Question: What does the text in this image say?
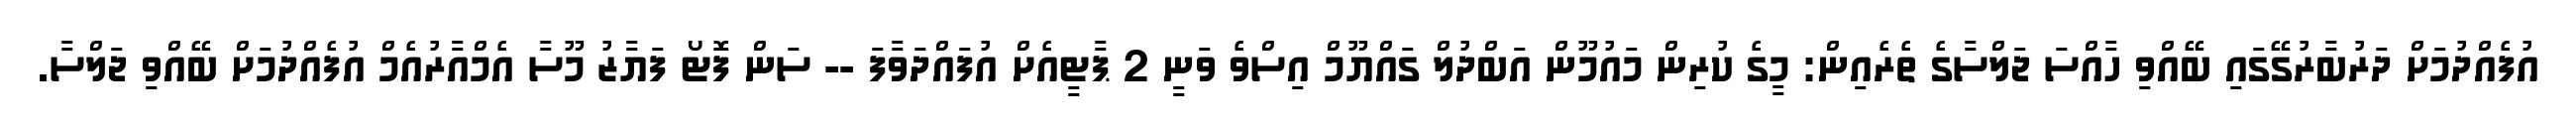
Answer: އުފެއްދުމަށް ދަރުބާރުގޭގައި ބޭއްވި ހާއްސަ ޖަލްސާގެ ތެރެއިން: މީގެ ކުރިން މައުމޫން އަބްދުލް ގައްޔޫމް އިސްވެ ވަނީ 2 ޕާޓީއެށް އުފައްދަވާފަ -- ސަން ފޮޓޯ ފަޔާޒު މޫސާ އެމްއާރުއެމް އުފެއްދުމަށް ބޭއްވި ޖަލްސާ.